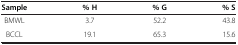
<table><thead><tr><td><b>Sample</b></td><td><b>% H</b></td><td><b>% G</b></td><td><b>% S</b></td></tr></thead><tbody><tr><td>BMWL</td><td>3.7</td><td>52.2</td><td>43.8</td></tr><tr><td>BCCL</td><td>19.1</td><td>65.3</td><td>15.6</td></tr></tbody></table>